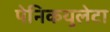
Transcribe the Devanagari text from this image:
पेनिकयुलेटा